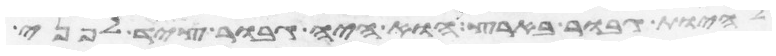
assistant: להיות גבור בארץ הוא היה גבור ציד לפני